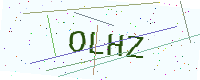
Text: OLHZ